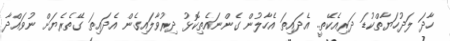
ހާދަ ލަދުހަޔާތްކުޑަ ދަރިއެކޭތީ.. އެދައިތަ އެހާލުން ގެންނައެތިކޮޅު ދިރުވާލައިގެން އެދައިތަ ގޭތެރެޔަށް ނުވައްދާ